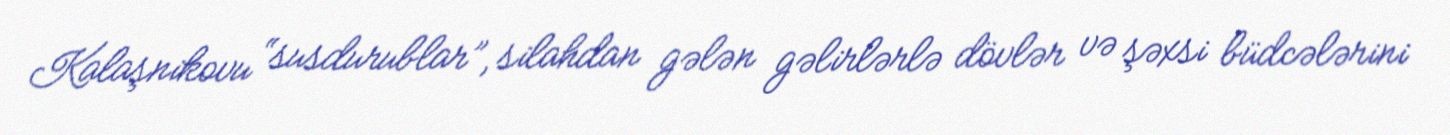
Kalaşnikovu “susdurublar”, silahdan gələn gəlirlərlə dövlər və şəxsi büdcələrini